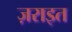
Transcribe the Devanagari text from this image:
ज़राइत